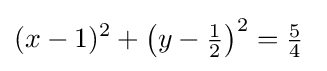
(x-1)^{2}+\left(y-{\tfrac {1}{2}}\right)^{2}={\tfrac {5}{4}}\